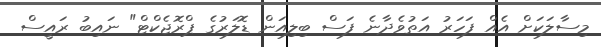
މިސާލަކަށް އެއް ފަހަރު އަތުވެދާނެ ފަސް ބިލިއަން ޑޮލަރުގެ ޕްރޮޖެކްޓް" ނައިބު ރައީސް